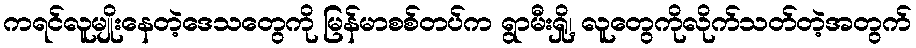
ကရင်လူမျိုးနေတဲ့ဒေသတွေကို မြန်မာစစ်တပ်က ရွာမီးရှို့၊ လူတွေကိုလိုက်သတ်တဲ့အတွက်